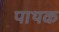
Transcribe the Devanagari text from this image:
पाथक